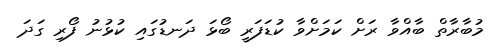
މުބާރާތް ބާއްވާ ރަށް ކަމަށްވާ ކުޑަފަރީ ބޯޅަ ދަނޑުގައި ކުޅުނު ފޯރި ގަދަ